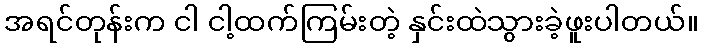
အရင်တုန်းက ငါ ငါ့ထက်ကြမ်းတဲ့ နှင်းထဲသွားခဲ့ဖူးပါတယ်။